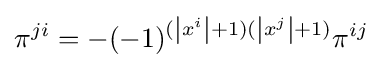
\pi ^{ji}=-(-1)^{(\left|x^{i}\right|+1)(\left|x^{j}\right|+1)}\pi ^{ij}